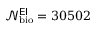
\mathcal { N } _ { \mathrm { b i o } } ^ { \sf E I } = 3 0 5 0 2